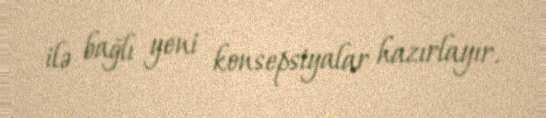
ilə bağlı yeni konsepsiyalar hazırlayır.